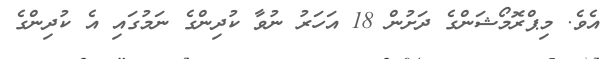
އެވެ. މިޕްރޮމޯޝަންގެ ދަށުން 18 އަހަރު ނުވާ ކުދިންގެ ނަމުގައި އެ ކުދިންގެ